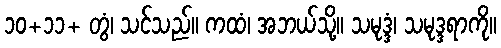
၁၀+၁၁+ တွံ၊ သင်သည်။ ကထံ၊ အဘယ်သို့။ သမုဒ္ဒံ၊ သမုဒ္ဒရာကို။